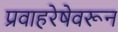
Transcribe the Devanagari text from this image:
प्रवाहरेषेवरून